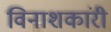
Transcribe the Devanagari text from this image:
विनाशकांरी